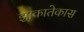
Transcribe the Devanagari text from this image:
झाकातेकास